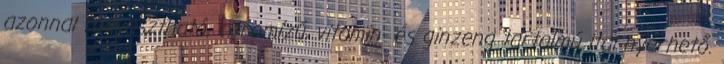
azonnal fogyasztható, citromízű, vitamin- és ginzeng tartalmú ital nyerhető.